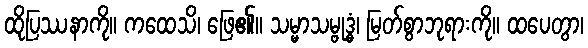
ထိုပြဿနာကို။ ကထေသိ၊ ဖြေ၏။ သမ္မာသမ္ဗုဒ္ဓံ၊ မြတ်စွာဘုရားကို။ ထပေတွာ၊